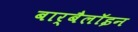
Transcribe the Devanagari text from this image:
बार्बैलॉइन